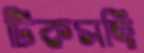
টিকসহি